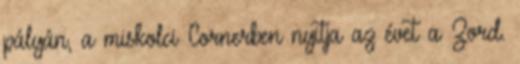
pályán, a miskolci Cornerben nyitja az évet a Zord.